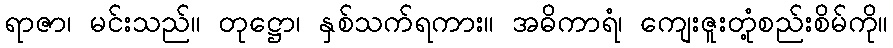
ရာဇာ၊ မင်းသည်။ တုဋ္ဌော၊ နှစ်သက်ရကား။ အဓိကာရံ၊ ကျေးဇူးတုံ့စည်းစိမ်ကို။